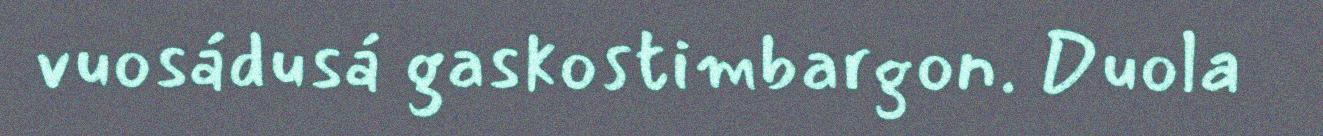
vuosádusá gaskostimbargon. Duola